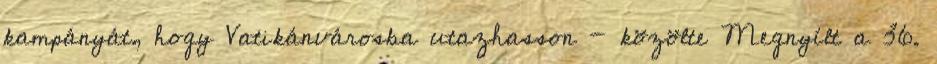
kampányát, hogy Vatikánvárosba utazhasson - közölte Megnyílt a 36.